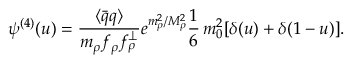
\psi ^ { ( 4 ) } ( u ) = \frac { \langle \bar { q } q \rangle } { m _ { \rho } f _ { \rho } f _ { \rho } ^ { \perp } } e ^ { m _ { \rho } ^ { 2 } / M _ { \rho } ^ { 2 } } \frac { 1 } { 6 } \, m _ { 0 } ^ { 2 } [ \delta ( u ) + \delta ( 1 - u ) ] .